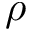
\rho